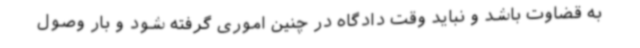
به قضاوت باشد و نباید وقت دادگاه در چنین اموری گرفته شود و بار وصول